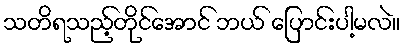
သတိရသည့်တိုင်အောင် ဘယ် ပြောင်းပါ့မလဲ။